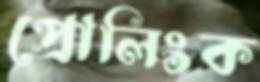
প্রোলিংক